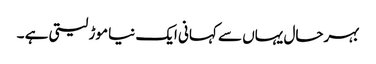
بہرحال یہاں سے کہانی ایک نیا موڑ لیتی ہے ۔